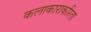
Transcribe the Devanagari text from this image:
कलाकाराकरिता